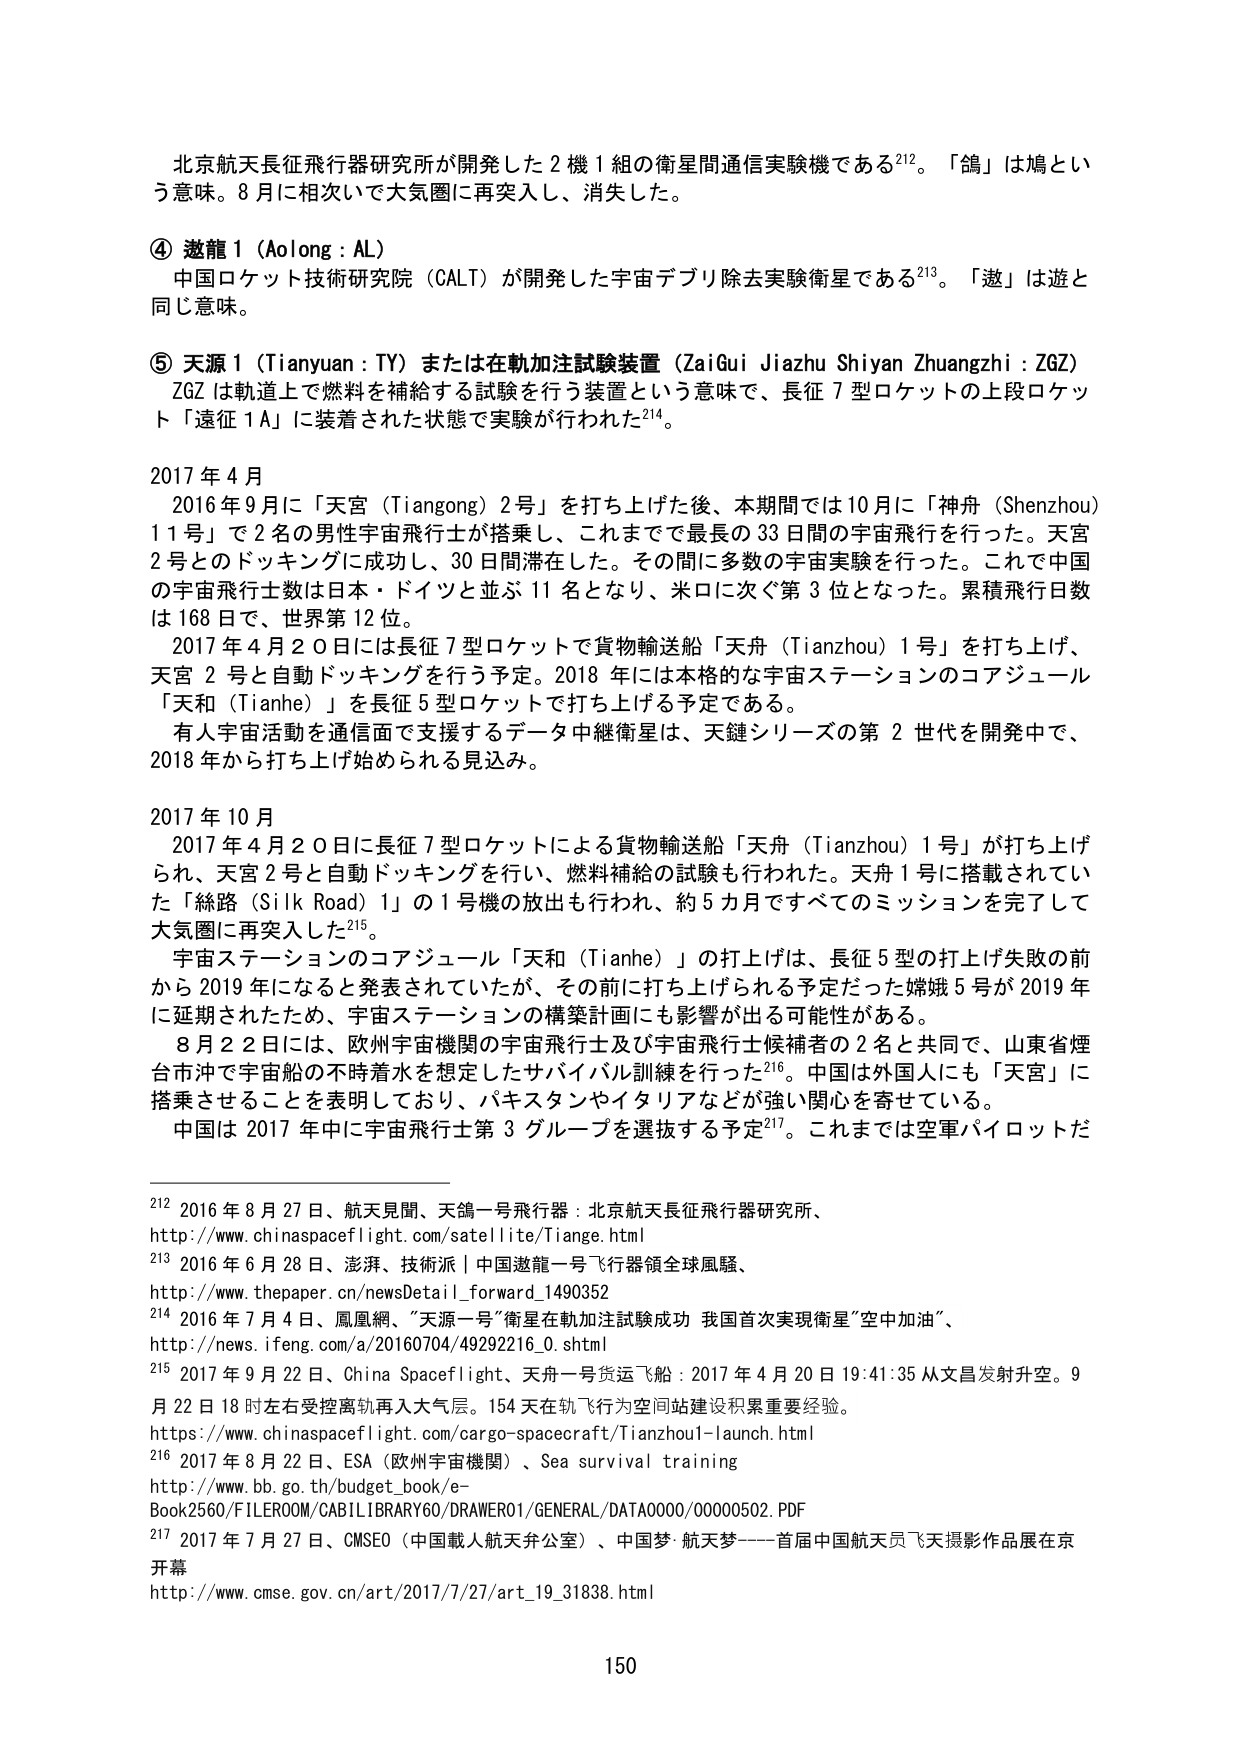
北京航天長征飛行器研究所が開発した２機１組の衛星間通信実験機である²¹²。「鴿」は鳩という意味。８月に相次いで大気圏に再突入し、消失した。

④ 遨龍１（Aolong : AL）
中国ロケット技術研究院（CALT）が開発した宇宙デブリ除去実験衛星である²¹³。「遨」は遊と同じ意味。

⑤ 天源１（Tianyuan : TY）または在軌加注試験装置（ZaiGui JiaZhu ShiyAn ZhuangZhi : ZGZ）
ZGZ は軌道上で燃料を補給する試験を行う装置という意味で、長征７型ロケットの上段ロケット「遠征１Ａ」に装着された状態で実験が行われた²¹⁴。

2017年４月
　2016年９月に「天宮（Tiangong）２号」を打ち上げた後、本期間では10月に「神舟（Shenzhou）11号」で２名の男性宇宙飛行士が搭乗し、これまでで最長の33日間の宇宙飛行を行った。天宮２号とのドッキングに成功し、30日間滞在した。その間に多数の宇宙実験を行った。これで中国の宇宙飛行士数は日本・ドイツと並ぶ11名となり、米ロに次ぐ第3位となった。累積飛行日数は168日で、世界第12位。
　2017年４月20日には長征７型ロケットで貨物輸送船「天舟（Tianzhou）1号」を打ち上げ、天宮２号と自動ドッキングを行う予定。2018年には本格的な宇宙ステーションのコアジュール「天和（Tianhe）」を長征５型ロケットで打ち上げる予定である。
　有人宇宙活動を通信面で支援するデータ中継衛星は、天鏈シリーズの第２世代を開発中で、2018年から打ち上げ始められる見込み。

2017年10月
　2017年４月20日に長征７型ロケットによる貨物輸送船「天舟（Tianzhou）1号」が打ち上げられ、天宮２号と自動ドッキングを行い、燃料補給の試験も行われた。天舟１号に搭載されていた「絲路（Silk Road）1」の1号機の放出も行われ、約5カ月ですべてのミッションを完了して大気圏に再突入した²¹⁵。
　宇宙ステーションのコアジュール「天和（Tianhe）」の打上げは、長征５型の打上げ失敗の前から2019年になると発表されていたが、その前に打ち上げられる予定だった嫦娥５号が2019年に延期されたため、宇宙ステーションの構築計画にも影響が出る可能性がある。
　8月22日には、欧州宇宙機関の宇宙飛行士及び宇宙飛行士候補者の2名と共同で、山東省煙台市沖で宇宙船の不時着水を想定したサバイバル訓練を行った²¹⁶。中国は外国人にも「天宮」に搭乗させることを表明しており、パキスタンやイタリアなどが強い関心を寄せている。
　中国は2017年中に宇宙飛行士第3グループを選抜する予定²¹⁷。これまでは空軍パイロットだ

²¹² 2016年8月27日、航天見聞、天鴿一号飛行器：北京航天長征飛行器研究所、
http://www.chinaspacesflight.com/satellite/Tiange.html
²¹³ 2016年6月28日、澎湃、技術派｜中国遨龍一号飛行器領全球風騷、
http://www.thepaper.cn/newsDetail_forward_1490352
²¹⁴ 2016年7月4日、鳳凰網、「天源一号」衛星在軌加注試験成功 我国首次實現衛星“空中加油”、
http://news.ifeng.com/a/20160704/49292216_0.shtml
²¹⁵ 2017年9月22日、China Spaceflight、天舟一号货运飞船：2017年4月20日19:41:35从文昌发射升空。9月22日18时左右受控离轨再入大气层。154天在轨飞行为空间站建设积累重要经验。
http://www.chinaspacesflight.com/cargo-spacecraft/Tianzhou1-launch.html
²¹⁶ 2017年8月22日、ESA（欧州宇宙機関）、Sea survival training
http://www.bb.go.th/budget_book/e-Book2560/FILEROOM/CABILIBRARY60/DRAWER01/GENERAL/DATA0000/00000502.PDF
²¹⁷ 2017年7月27日、CMSEO（中国載人航天弁公室）、中国梦·航天梦——首届中国航天员飞天摄影作品展在京开幕
http://www.cmse.gov.cn/art/2017/7/27/art_19_31838.html

150